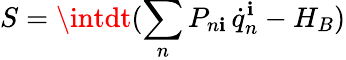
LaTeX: S=\intdt(\sum_{n}P_{n\mathbf{i}}\, \dot{{q}}_{n}^{\mathbf{i}}-H_{B})